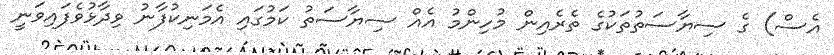
އެސް) ގެ ސިޔާސަތުތަކުގެ ތެރެއިން މުހިންމު އެއް ސިޔާސަތު ކަމުގައި އެމަނިކުފާނު ވިދާޅުވެފައިވަނީ